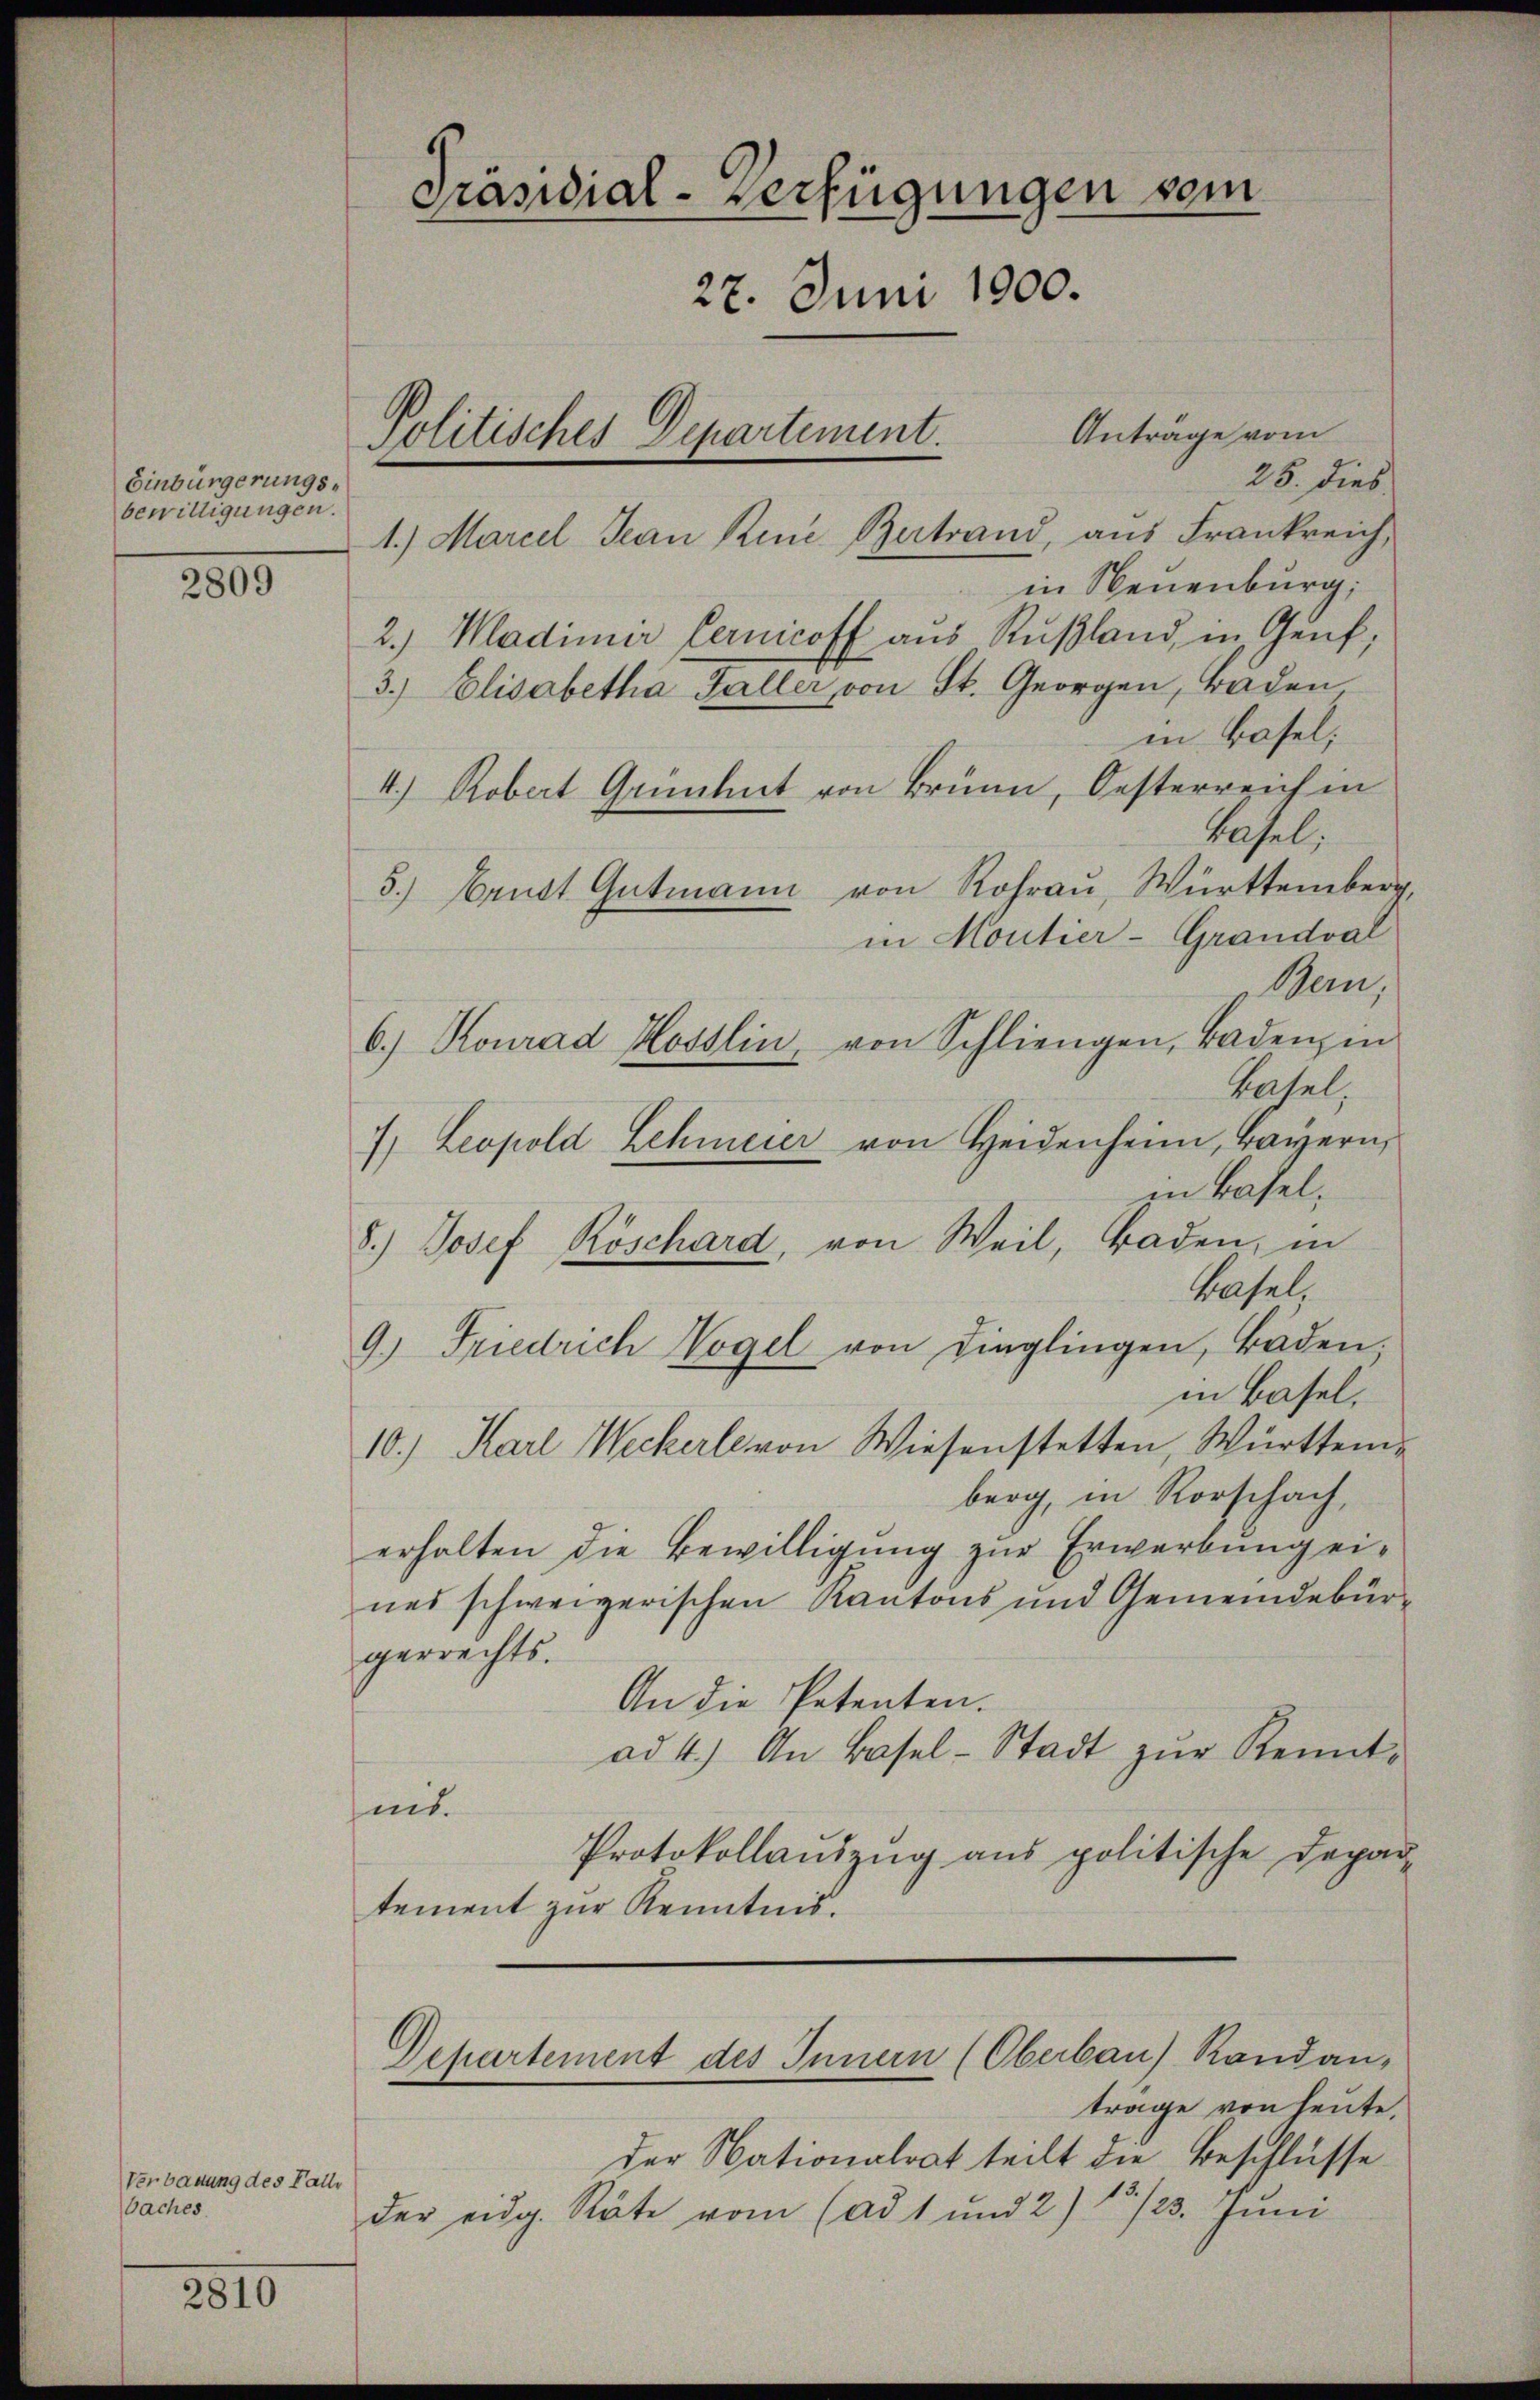
Einbürgerungsbewilligungen.

2800

Verbauung des Falle
Saches.

2810

25. dies
1.) Marcel Jean Reue Betrand, aus Frankreich,
in Neuenburg,
2.) Wladimer Cernicoff aŭs Rŭβland, in Genf;
3.) Elisabetha Galler von St. Georgen, Baden,
in Basel;
4.) Robert Grünhut von Brunn, Oesterreich in
Basel.
5.) Brust Gutmann von Rohrau, Württemberg,
in Moutier-Grandval
Bern;
6.) Konrad Hosslin, von Schliengen, Baden in
Hasel,
7. Leopold Lehmeier von Heidenheim, Bayern,
zu Basel,
8.) Josef Röschard, von Weil, Baden, in
Basel.
9.) Friedrich Vogel von dinglingen, Baden,
in Basel,
10.) Karl Weckerle von Wiesenstetten, Württem-
berg, in Rorschach,
erhalten die Bewilligŭng zŭr Erwerbŭng ei-
nes schweizerischen Kantons und Gemeindebürgerrechts.
An die Petenten.
ad 4.) An Basel-Stadt zŭr Kennteit.
Protokollauszug aus politische Depar-
tement zur Kenntnis.

Präsidial-Verfügungen vom
27. Juni 1900.
Anträge vom
Politisches Departement.

Departement des Innern (Oberbau) Randan-
trage von heute,

der Nationalrat teilt die Beschlüsse
der eidg. Räte vom (ad 1 und 2) 15./23. Jŭni